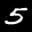
Label: 5